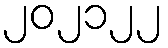
၂၀၂၁၂၂